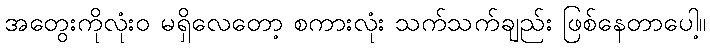
အတွေးကိုလုံးဝ မရှိလေတော့ စကားလုံး သက်သက်ချည်း ဖြစ်နေတာပေါ့။